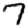
Digit: 7